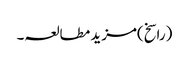
(راسخ)مزید مطالعہ۔